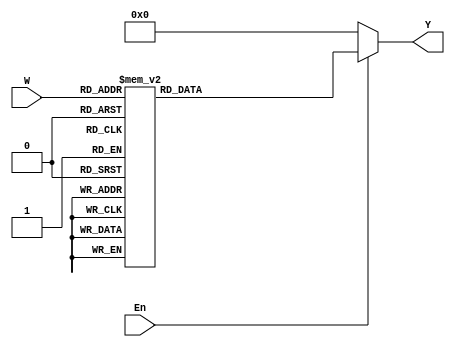
/*
Prtica II - Modulo do dec3to8
Alunos: Alexandre Roque e Vitor Santana.
Disciplina: Arquitetura e Organizao de Computadores II.
Professora: Daniela Cristina Cascini Kupsch.
*/
module dec3to8(W, En, Y);
	input [2:0] W;
	input En;
	output [0:7] Y;
	reg [0:7] Y;
	always @(W or En)
		begin
		if (En == 1)
			case (W)
				3'b000: Y = 8'b00000001;
				3'b001: Y = 8'b00000010;
				3'b010: Y = 8'b00000100;
				3'b011: Y = 8'b00001000;
				3'b100: Y = 8'b00010000;
				3'b101: Y = 8'b00100000;
				3'b110: Y = 8'b01000000;
				3'b111: Y = 8'b10000000;
			endcase
		else
			Y = 8'b00000000;
	end
endmodule